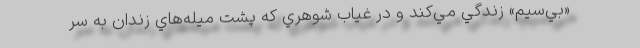
«بي‌سيم» زندگي مي‌كند و در غياب شوهري كه پشت ميله‌هاي زندان به سر